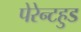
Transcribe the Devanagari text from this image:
पेरेन्टहुड